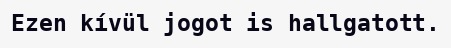
Ezen kívül jogot is hallgatott.